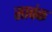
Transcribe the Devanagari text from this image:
सावंक